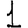
Digit: 1